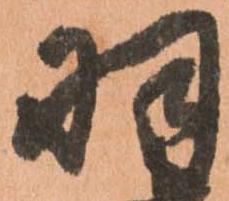
羽